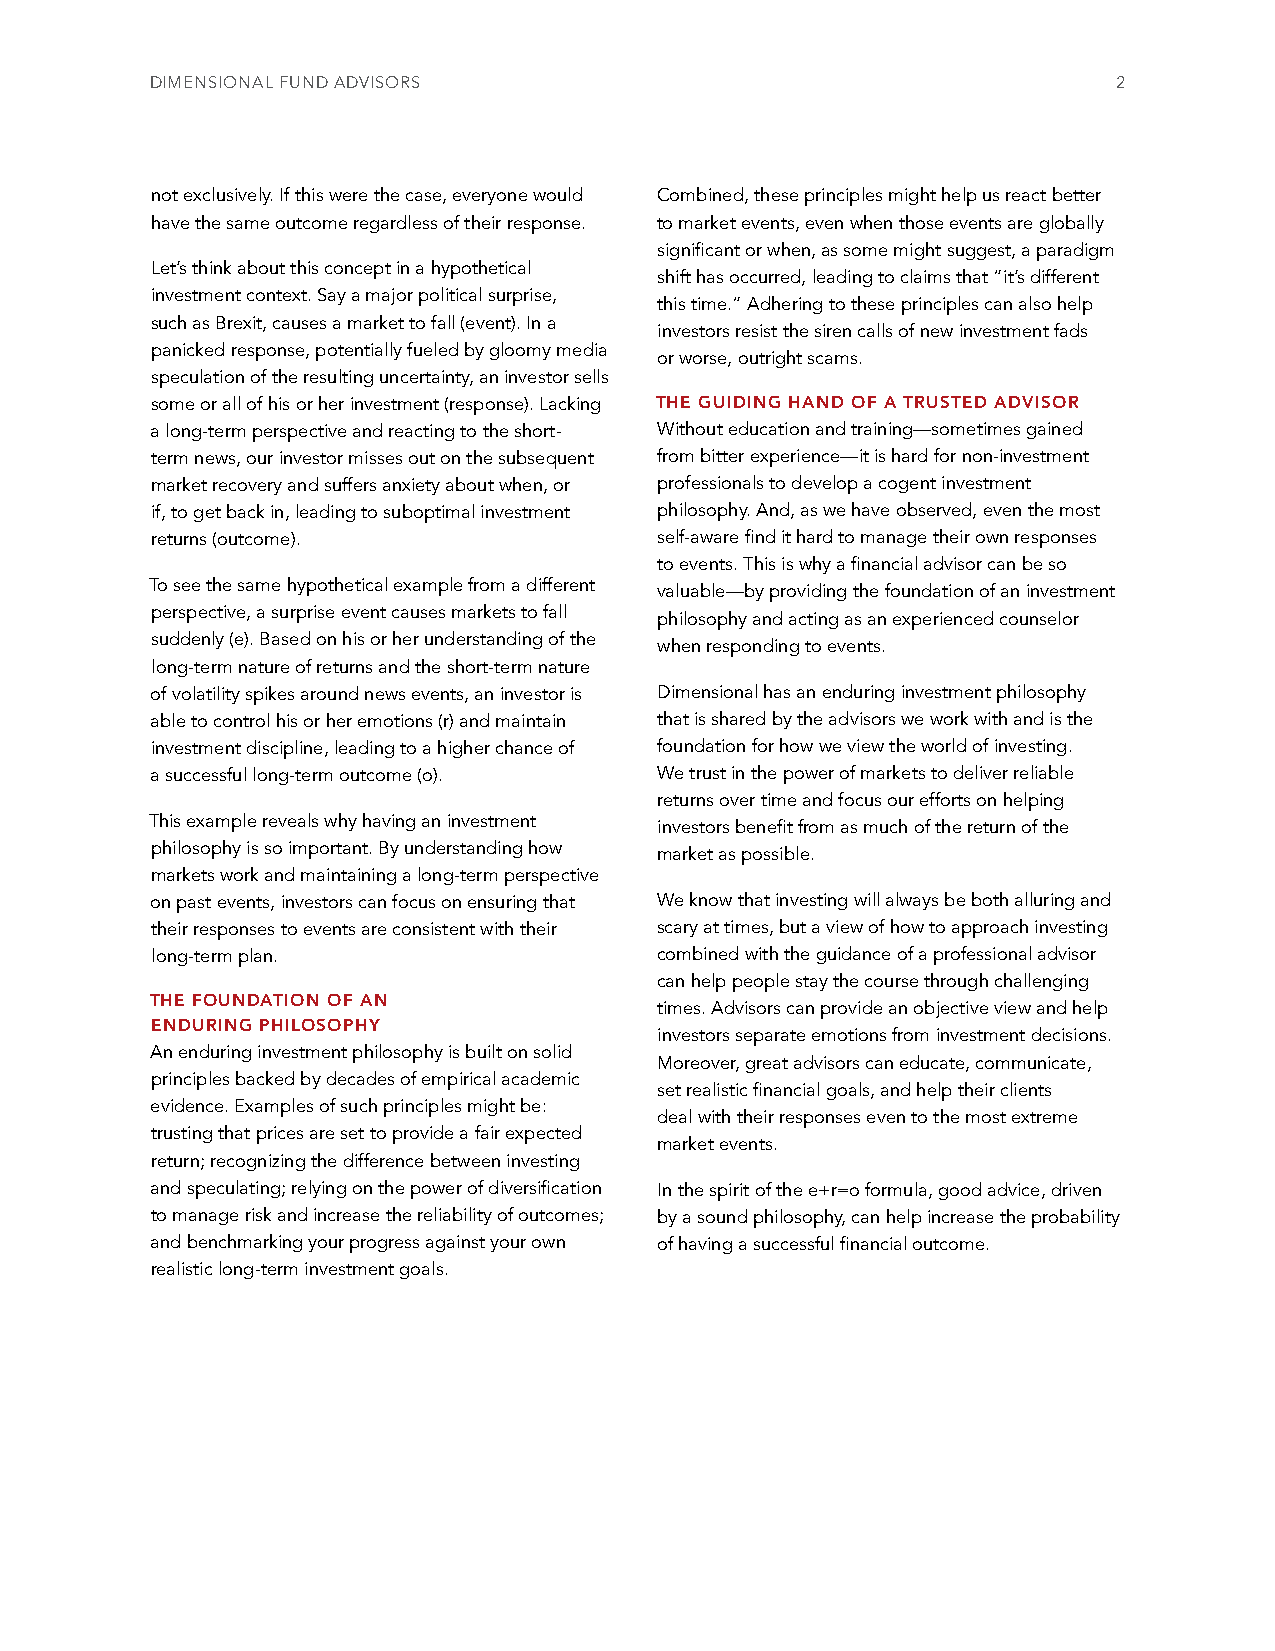
DIMENSIONAL FUND ADVISORS                                       2
 not exclusively. If this were the case, everyone would Combined, these principles might help us react better
 have the same outcome regardless of their response. to market events, even when those events are globally
 significant or when, as some might suggest, a paradigm
 Let’s think about this concept in a hypothetical
 shift has occurred, leading to claims that “it’s different
 investment context. Say a major political surprise,
 this time.” Adhering to these principles can also help
 such as Brexit, causes a market to fall (event). In a
 investors resist the siren calls of new investment fads
 panicked response, potentially fueled by gloomy media
 or worse, outright scams.
 speculation of the resulting uncertainty, an investor sells
 some or all of his or her investment (response). Lacking THE GUIDING HAND OF A TRUSTED ADVISOR
 a long-term perspective and reacting to the short- Without education and training—sometimes gained
 term news, our investor misses out on the subsequent from bitter experience—it is hard for non-investment
 market recovery and suffers anxiety about when, or professionals to develop a cogent investment
 if, to get back in, leading to suboptimal investment philosophy. And, as we have observed, even the most
 returns (outcome).               self-aware find it hard to manage their own responses
 to events. This is why a financial advisor can be so
 To see the same hypothetical example from a different valuable—by providing the foundation of an investment
 perspective, a surprise event causes markets to fall philosophy and acting as an experienced counselor
 suddenly (e). Based on his or her understanding of the when responding to events.
 long-term nature of returns and the short-term nature
 of volatility spikes around news events, an investor is Dimensional has an enduring investment philosophy
 able to control his or her emotions (r) and maintain that is shared by the advisors we work with and is the
 investment discipline, leading to a higher chance of foundation for how we view the world of investing.
 a successful long-term outcome (o). We trust in the power of markets to deliver reliable
 returns over time and focus our efforts on helping
 This example reveals why having an investment investors benefit from as much of the return of the
 philosophy is so important. By understanding how market as possible.
 markets work and maintaining a long-term perspective
 on past events, investors can focus on ensuring that We know that investing will always be both alluring and
 their responses to events are consistent with their scary at times, but a view of how to approach investing
 long-term plan.                  combined with the guidance of a professional advisor
 can help people stay the course through challenging
 THE FOUNDATION OF AN
 times. Advisors can provide an objective view and help
 ENDURING PHILOSOPHY
 investors separate emotions from investment decisions.
 An enduring investment philosophy is built on solid
 Moreover, great advisors can educate, communicate,
 principles backed by decades of empirical academic
 set realistic financial goals, and help their clients
 evidence. Examples of such principles might be:
 deal with their responses even to the most extreme
 trusting that prices are set to provide a fair expected
 market events.
 return; recognizing the difference between investing
 and speculating; relying on the power of diversification In the spirit of the e+r=o formula, good advice, driven
 to manage risk and increase the reliability of outcomes; by a sound philosophy, can help increase the probability
 and benchmarking your progress against your own of having a successful financial outcome.
 realistic long-term investment goals.